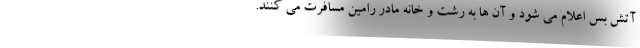
آتش بس اعلام می شود و آن ها به رشت و خانه مادر رامین مسافرت می کنند.